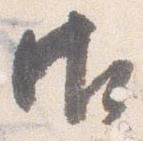
御